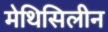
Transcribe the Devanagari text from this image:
मेथिसिलीन